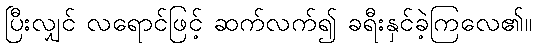
ပြီးလျှင် လရောင်ဖြင့် ဆက်လက်၍ ခရီးနှင်ခဲ့ကြလေ၏။